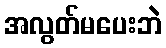
အလွတ်မပေးဘဲ